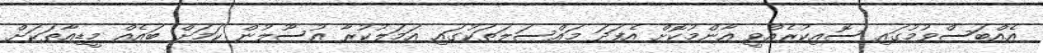
އެއްބަސްވުމުގައި ސޮއިކުރެއްވީ އާންމުކޮށް އެފަދަ މައްސަލަތަކުގައި އަމަލުކުރާ އުސޫލުން ކަމަށް ބައެއް މީޑިއާތަކަށް